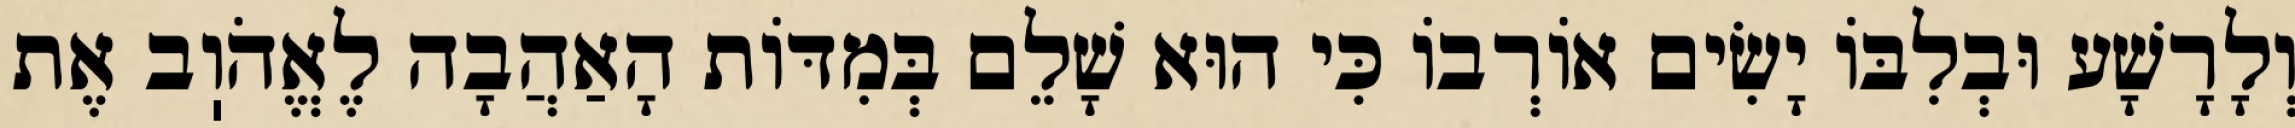
וְלָרָשָׁע וּבְלִבּוֹ יָשִׂים אוֹרְבוֹ כִּי הוּא שָׁלֵם בְּמִדּוֹת הָאַהֲבָה לֶאֱהֹוֽב אֶת